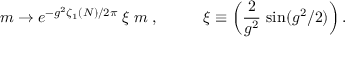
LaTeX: m \rightarrow e ^ { - g ^ { 2 } \zeta _ { 1 } ( N ) / 2 \pi } \; \xi \; m \; , \; \; \; \; \; \; \; \; \; \; \xi \equiv \left( \frac 2 { g ^ { 2 } } \, \sin ( g ^ { 2 } / 2 ) \right) .